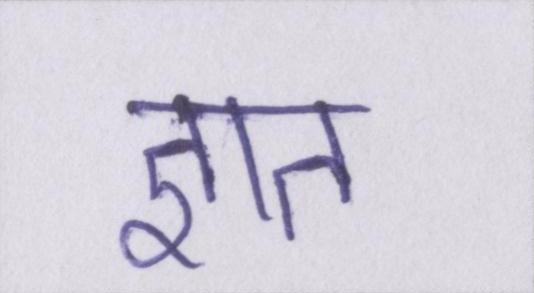
ज्ञात